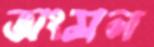
অংসল